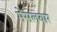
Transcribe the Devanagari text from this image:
मेंसलवार